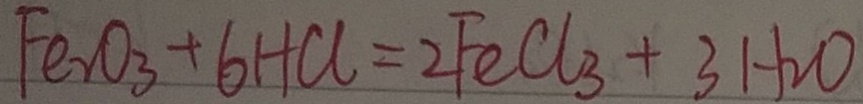
F e _ { 2 } O _ { 3 } + 6 H C l = 2 F e C l _ { 3 } + 3 H _ { 2 } O